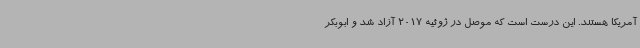
آمریکا هستند. این درست است که موصل در ژوئیه 2017 آزاد شد و ابوبکر